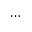
\cdots